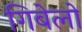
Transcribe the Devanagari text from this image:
गिबेलो